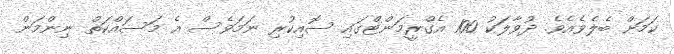
ކަމަށް ބެލެވެއެވެ. ދުވާލަކު 100 އެގްރީމަންޓްގައި ސޮއިކުރި ނަމަވެސް އެ މަސައްކަތް ނިންމަން